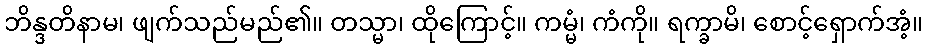
ဘိန္ဒတိနာမ၊ ဖျက်သည်မည်၏။ တသ္မာ၊ ထိုကြောင့်။ ကမ္မံ၊ ကံကို။ ရက္ခာမိ၊ စောင့်ရှောက်အံ့။